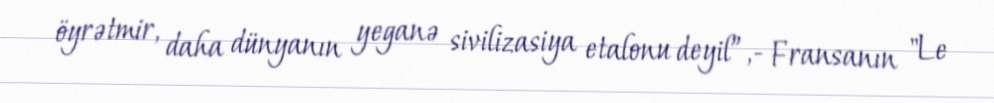
öyrətmir, daha dünyanın yeganə sivilizasiya etalonu deyil”,- Fransanın "Le